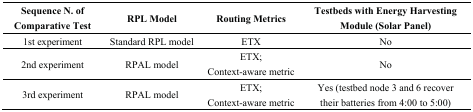
<table><thead><tr><td><b>Sequence N. of Comparative Test</b></td><td><b>RPL Model</b></td><td><b>Routing Metrics</b></td><td><b>Testbeds with Energy Harvesting Module (Solar Panel)</b></td></tr></thead><tbody><tr><td>1st experiment</td><td>Standard RPL model</td><td>ETX</td><td>No</td></tr><tr><td>2nd experiment</td><td>RPAL model</td><td>ETX; Context-aware metric</td><td>No</td></tr><tr><td>3rd experiment</td><td>RPAL model</td><td>ETX; Context-aware metric</td><td>Yes (testbed node 3 and 6 recover their batteries from 4:00 to 5:00)</td></tr></tbody></table>